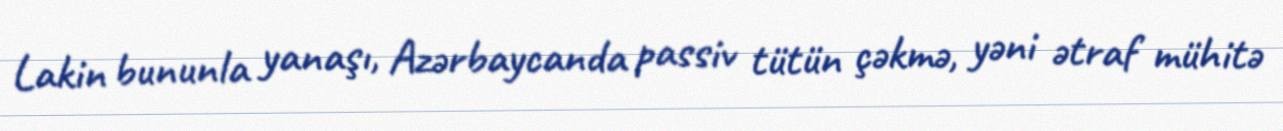
Lakin bununla yanaşı, Azərbaycanda passiv tütün çəkmə, yəni ətraf mühitə